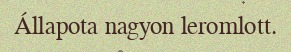
Állapota nagyon leromlott.